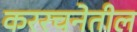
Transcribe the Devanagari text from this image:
कररचनेतील